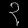
Digit: ၃